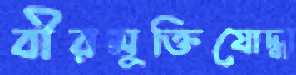
বীরমুক্তিযোদ্ধা